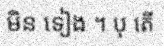
មិន ទៀង ។ បុ តើ